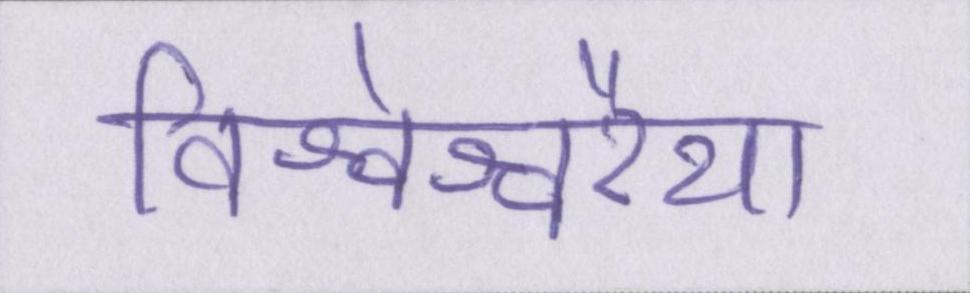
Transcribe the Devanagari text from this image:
विश्वेश्वरैया